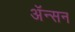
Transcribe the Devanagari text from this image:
अॅन्सन